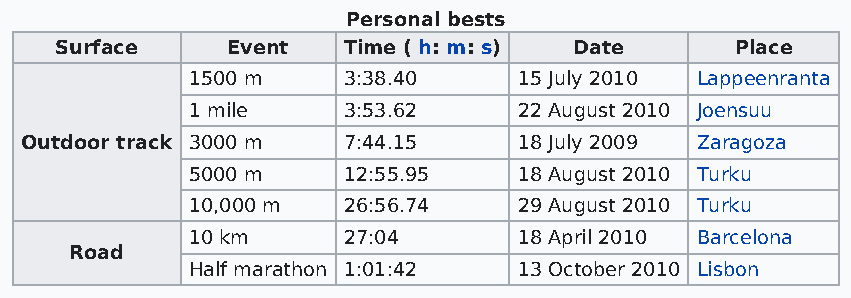
Personal bests
 Surface    Event   Time ( h: m: s) Date      Place
 1500 m     3:38.40    15 July 2010 Lappeenranta
 1 mile     3:53.62    22 August 2010 Joensuu
 Outdoor track 3000 m  7:44.15    18 July 2009 Zaragoza
 5000 m     12:55.95   18 August 2010 Turku
 10,000 m   26:56.74   29 August 2010 Turku
 10 km      27:04      18 April 2010 Barcelona
 Road
 Half marathon 1:01:42 13 October 2010 Lisbon